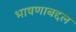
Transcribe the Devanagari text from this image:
भाषणाबद्दल